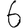
Digit: 6